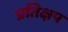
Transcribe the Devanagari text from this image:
प्रतिक्षप